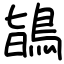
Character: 鴲